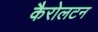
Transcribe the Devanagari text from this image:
कैरोलटन